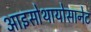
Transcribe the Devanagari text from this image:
आइसोथायोसानेट